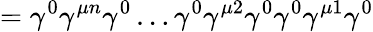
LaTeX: =\gamma^{0}\gamma^{\mu n}\gamma^{0}\dots\gamma^{0}\gamma^{\mu 2}\gamma^{0}\gamma^{0}\gamma^{\mu 1}\gamma^{0}